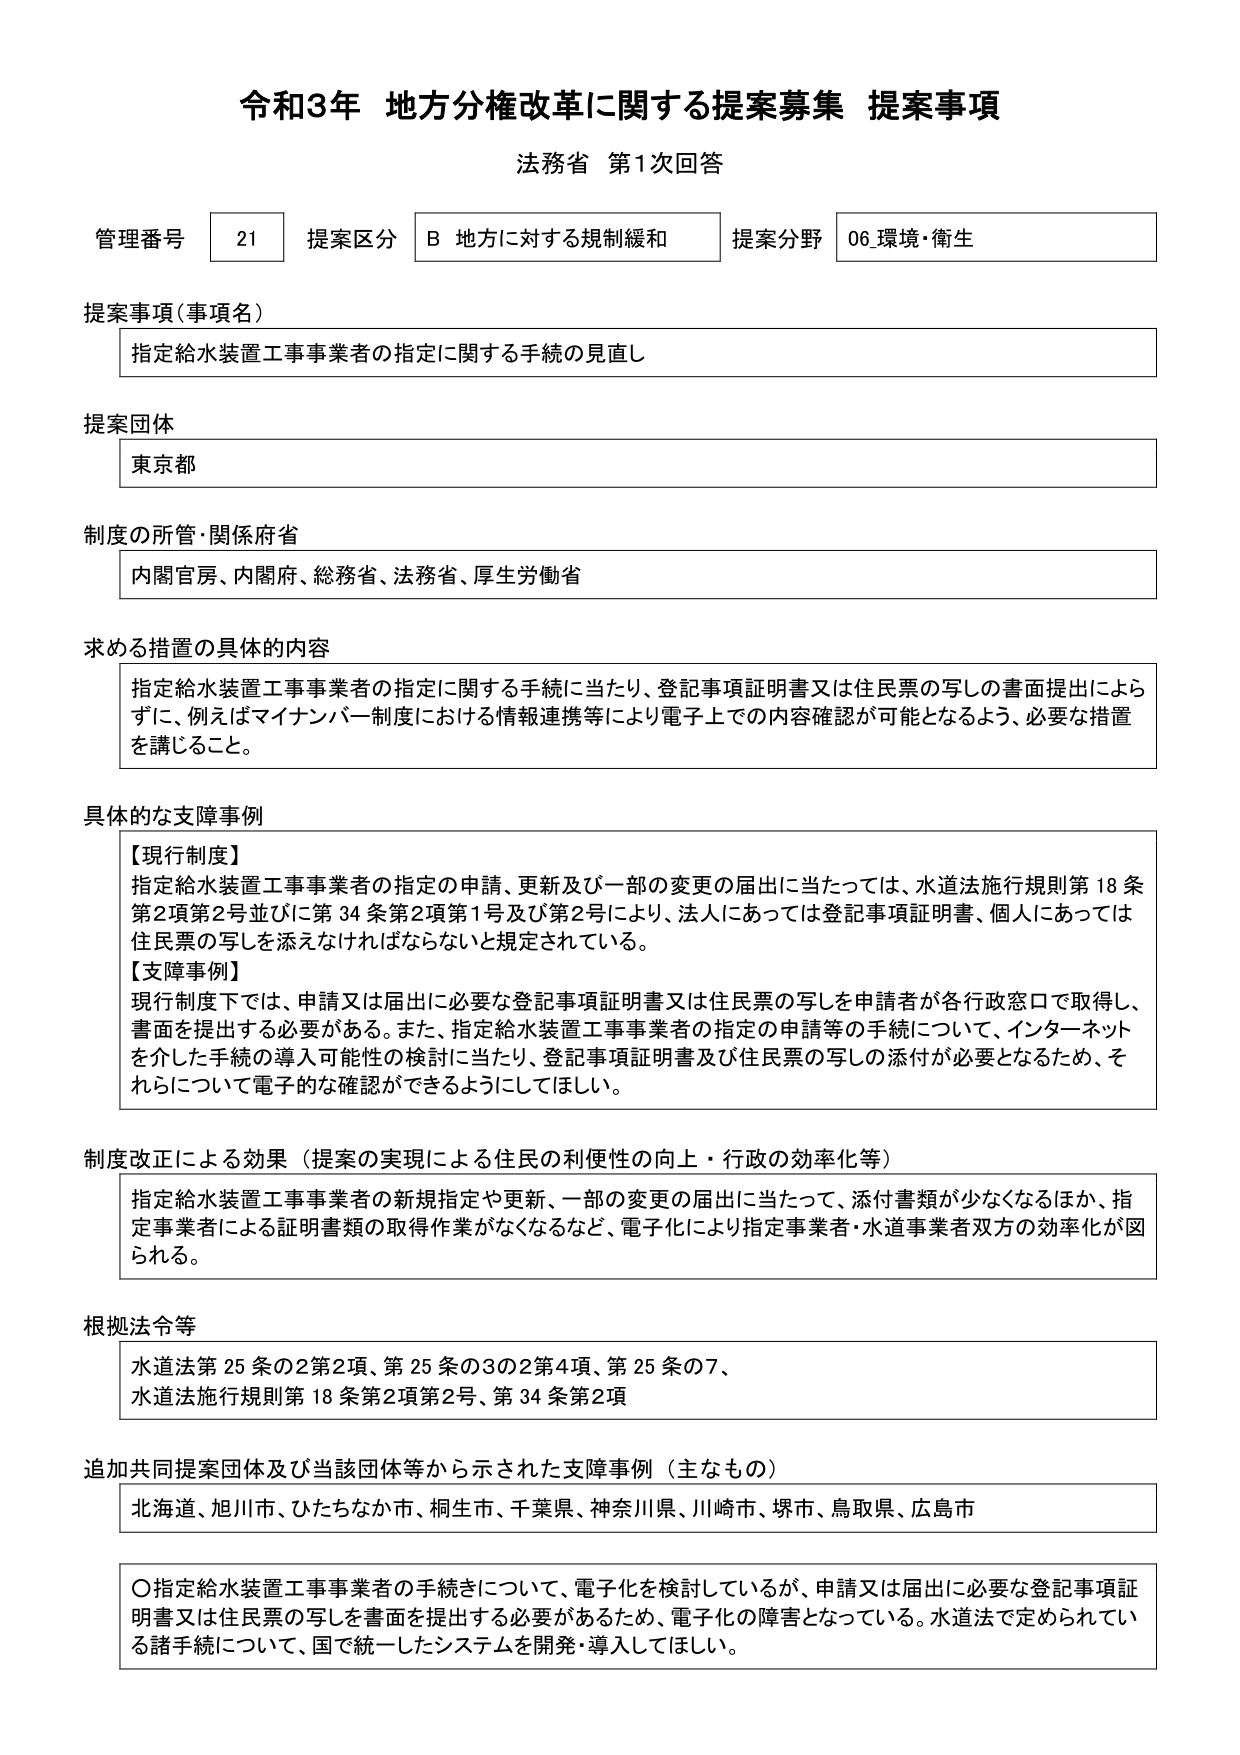
令和3年 地方分権改革に関する提案募集 提案事項
法務省 第1次回答

管理番号 21 提案区分 B 地方に対する規制緩和 提案分野 06 環境・衛生

提案事項（事項名）
指定給水装置工事事業者の指定に関する手続の見直し

提案団体
東京都

制度の所管・関係府省
内閣官房、内閣府、総務省、法務省、厚生労働省

求める措置の具体的内容
指定給水装置工事事業者の指定に関する手続に当たり、登記事項証明書又は住民票の写しの書面提出によらずに、例えばマイナンバー制度における情報連携等により電子上での内容確認が可能となるよう、必要な措置を講じること。

具体的な支障事例
【現行制度】
指定給水装置工事事業者の指定の申請、更新及び一部の変更の届出に当たっては、水道法施行規則第18条第2項第2号並びに第34条第2項第1号及び第2号により、法人にあっては登記事項証明書、個人にあっては住民票の写しを添えなければならないと規定されている。
【支障事例】
現行制度下では、申請又は届出に必要な登記事項証明書又は住民票の写しを申請者が各行政窓口で取得し、書面を提出する必要がある。また、指定給水装置工事事業者の指定の申請等の手続について、インターネットを介した手続の導入可能性の検討に当たり、登記事項証明書及び住民票の写しの添付が必要となるため、それらについて電子的な確認ができるようにしてほしい。

制度改正による効果（提案の実現による住民の利便性の向上・行政の効率化等）
指定給水装置工事事業者の新規指定や更新、一部の変更の届出に当たって、添付書類が少なくなるほか、指定事業者による証明書類の取得作業がなくなるなど、電子化により指定事業者・水道事業者双方の効率化が図られる。

根拠法令等
水道法第25条の2第2項、第25条の3の2第4項、第25条の7、
水道法施行規則第18条第2項第2号、第34条第2項

追加共同提案団体及び当該団体等から示された支障事例（主なもの）
北海道、旭川市、ひたちなか市、桐生市、千葉県、神奈川県、川崎市、堺市、鳥取県、広島市

〇指定給水装置工事事業者の手続きについて、電子化を検討しているが、申請又は届出に必要な登記事項証明書又は住民票の写しを書面を提出する必要があるため、電子化の障害となっている。水道法で定められている諸手続について、国で統一したシステムを開発・導入してほしい。